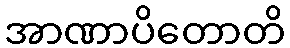
အာဏာပိတောတိ